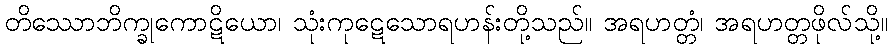
တိဿောဘိက္ခုကောဋိယော၊ သုံးကုဋေသောရဟန်းတို့သည်။ အရဟတ္တံ၊ အရဟတ္တဖိုလ်သို့။